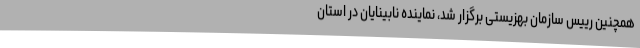
همچنین رییس سازمان بهزیستی برگزار شد، نماینده نابینایان در استان